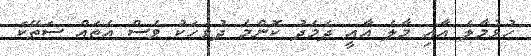
ހުޅުމާލެ އާއި މާލެ އާއީ ދެމެދު ކޮންމެ ދުވަހަކު ވެސް އެތައް ސަތޭކަ